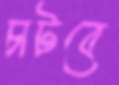
চাটবে